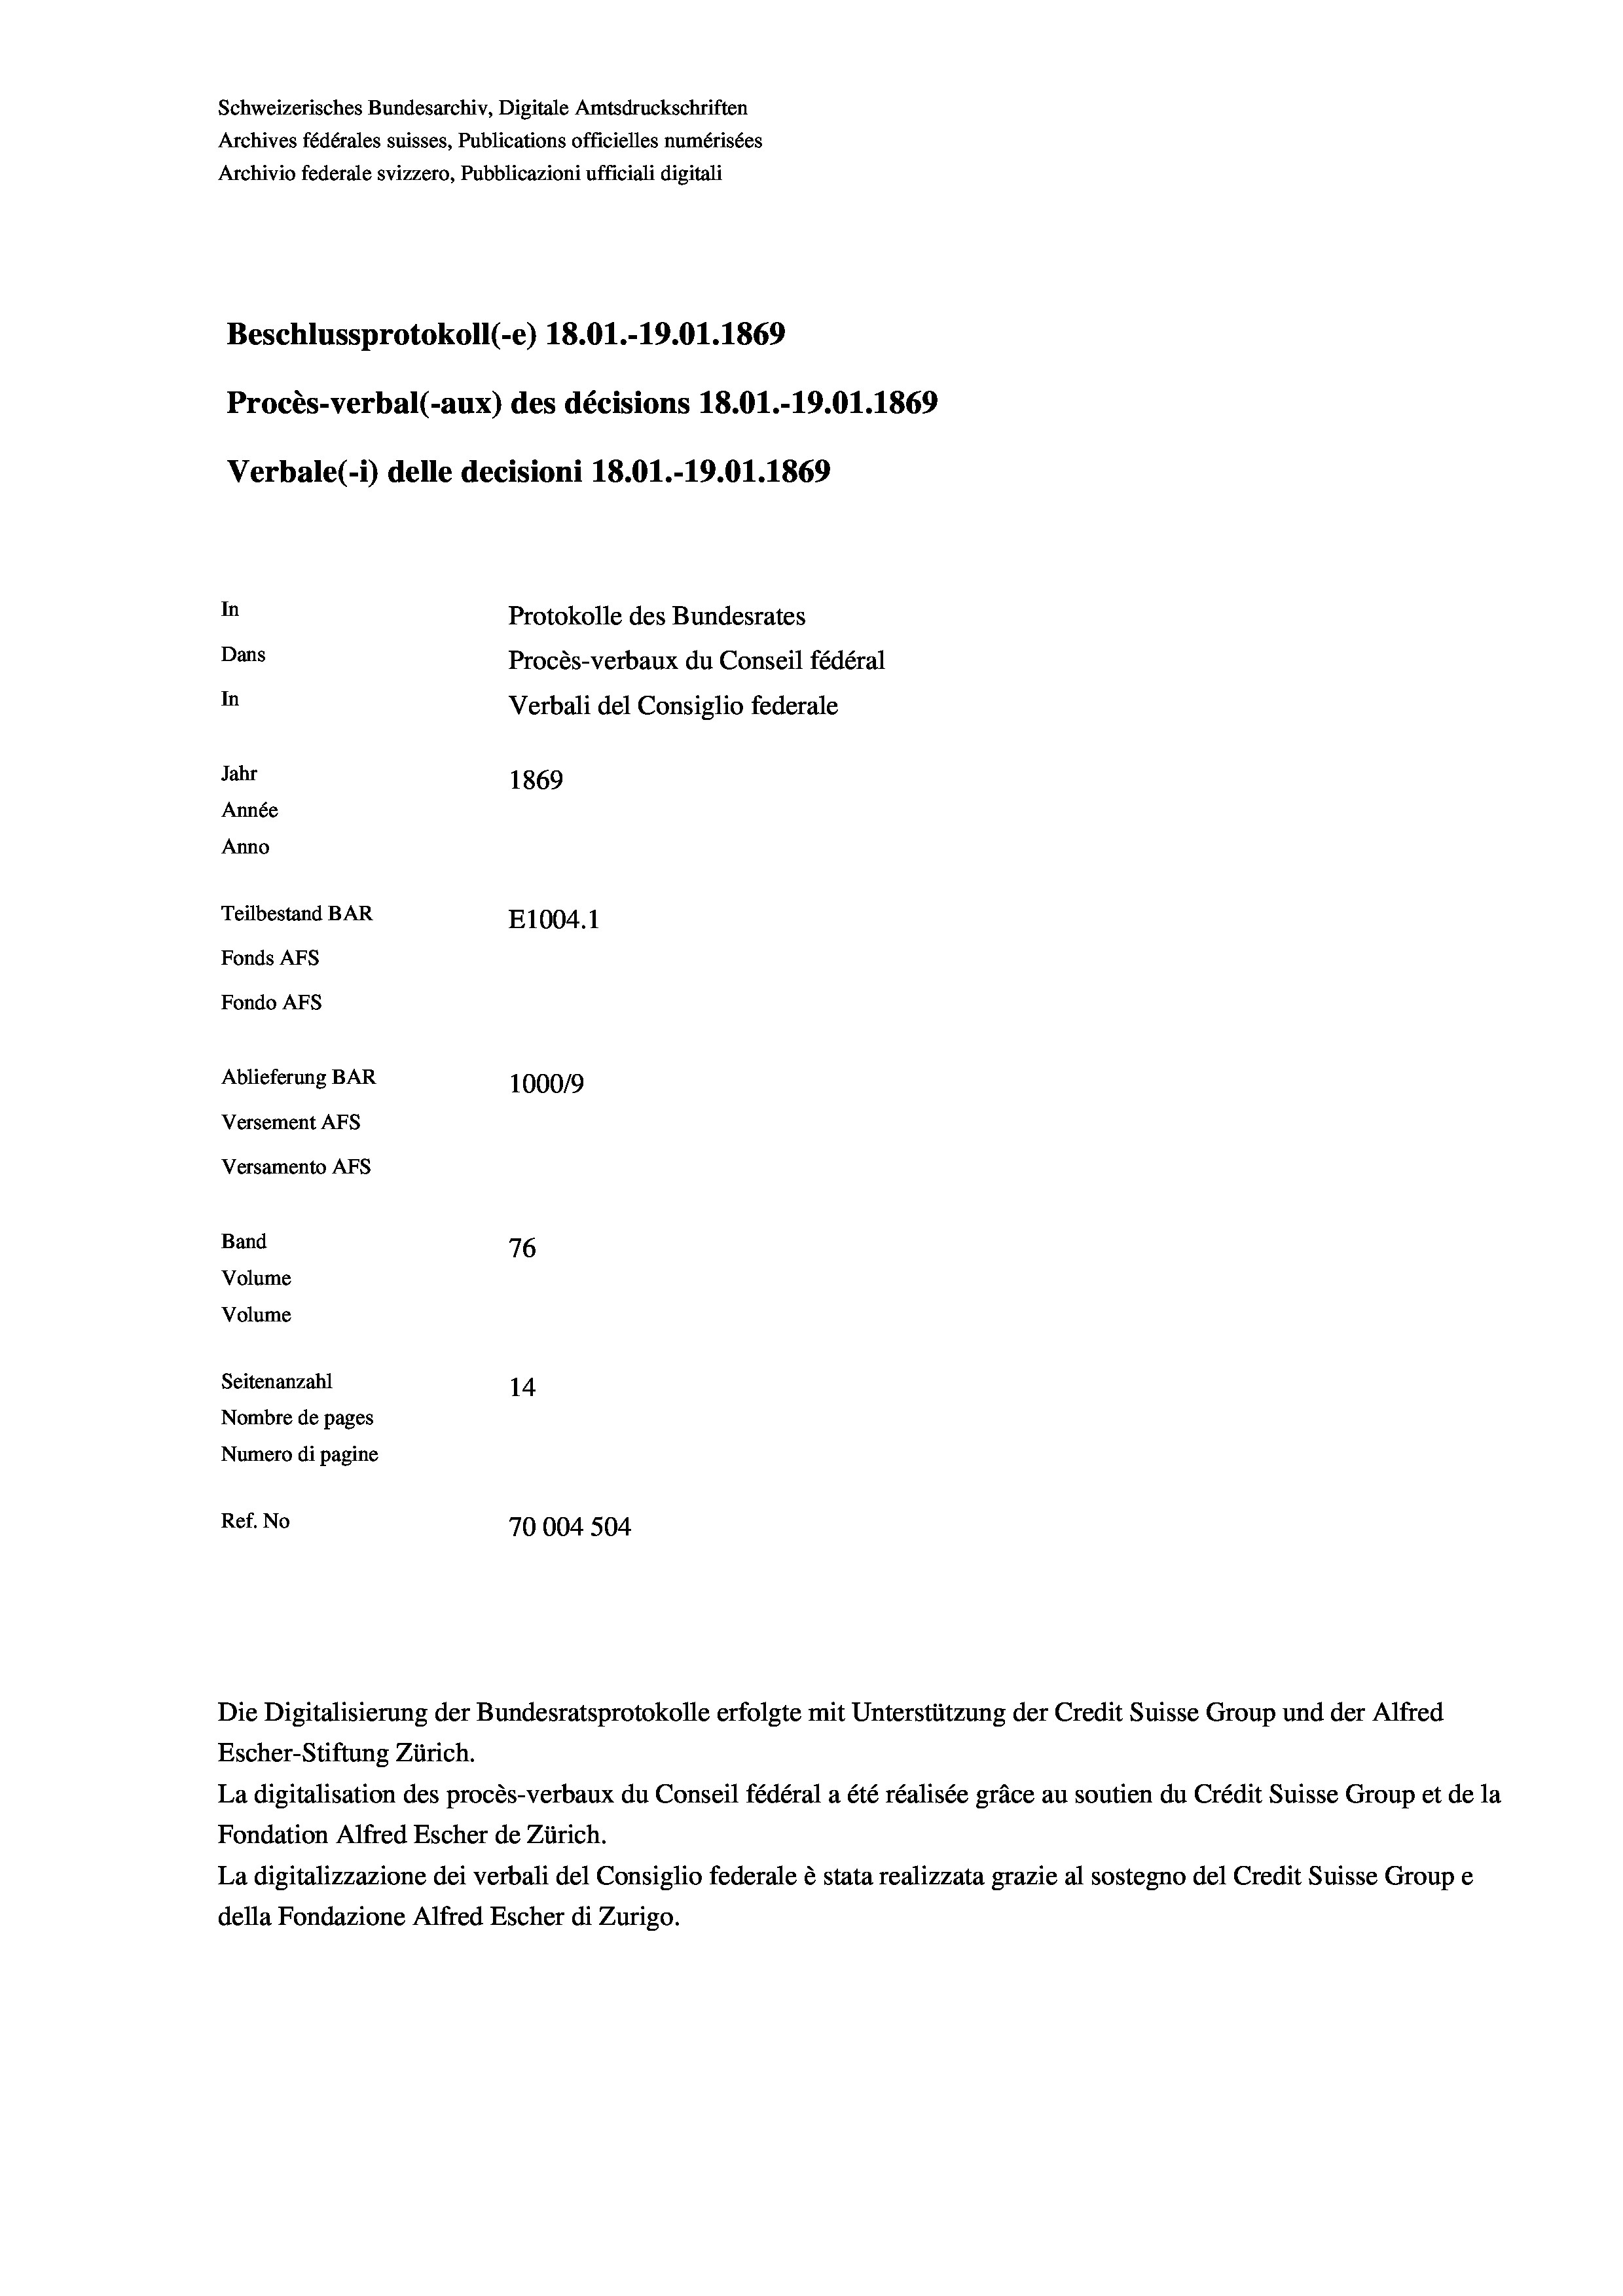
Schweizerisches Bundesarchiv, Digitale Amtsdruckschriften
Archives fédérales suisses, Publications officielles numérisées
Archivio federale svizzero, Pubblicazioni ufficiali digitali
Beschlussprotokoll (-e) 18.01.-19.01. 1869
Procès-verbal (-aux) des décisions 18.01.-19.01. 1869
Verbale(-*) delle decisioni 18.01.-19.01. 1869
In
Protokolle des Bundesrates
Dans
Procès-verbaux du Conseil fédéral
In
Verbali del Consiglio federale
Jahr
1869
Année
Anno
Teilbestand BAR
E1004.1
Fonds AFs
Fondo AFS
Ablieferung BAR
100019
Versement As
Versamento AFs
Band
76
Volume
Volume
Seitenanzahl
14
Nombre de pages
Numero di pagine

Ref. No
70004 504

Escher-Stiftung Zürich.
La digitalisation des procès-verbaux du Conseil fédéral a été réalisée gräce au soutien du Crédit Suisse Group et de la
Fondation Alfred Escher de Zürich.
La digitalizzazione dei verbali del Consiglio federale è stata realizzata grazie al sostegno del Credit Suisse Groupe
della Fondazione Alfred Escher di Zurigo.

Die Digitalisierung der Bundesratsprotokolle erfolgte mit Unterstützung der Credit Suisse Group und der Alfred